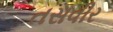
તસવીર